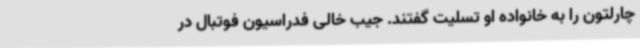
چارلتون را به خانواده او تسلیت گفتند. جیب خالی فدراسیون فوتبال در